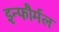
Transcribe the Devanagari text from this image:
इन्फौर्मल